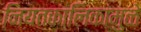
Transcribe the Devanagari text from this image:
नियतकालिकांमुळे